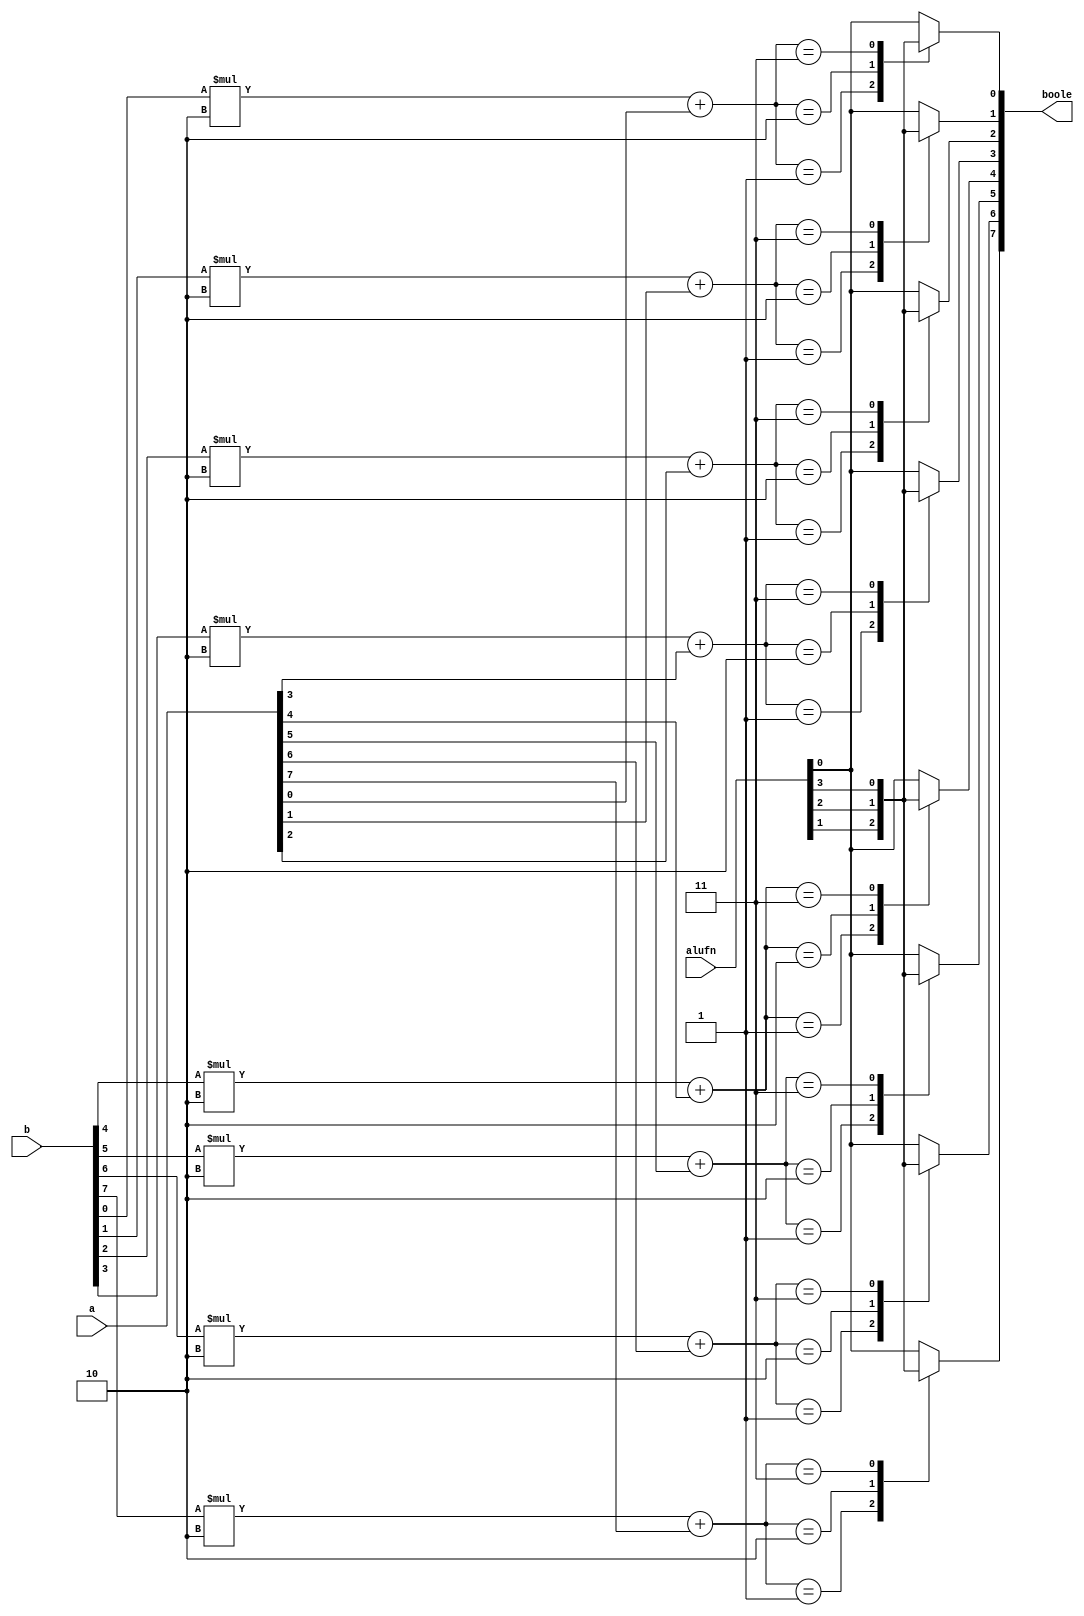
/*
   This file was generated automatically by the Mojo IDE version B1.3.3.
   Do not edit this file directly. Instead edit the original Lucid source.
   This is a temporary file and any changes made to it will be destroyed.
*/

module boolean_7 (
    input [5:0] alufn,
    input [7:0] a,
    input [7:0] b,
    output reg [7:0] boole
  );
  
  
  
  integer i;
  
  integer x;
  
  always @* begin
    for (i = 1'h0; i < 8; i = i + 1) begin
      x = b[(i)*1+0-:1] * 2'h2 + a[(i)*1+0-:1];
      
      case (x)
        2'h0: begin
          boole[(i)*1+0-:1] = alufn[0+0-:1];
        end
        2'h1: begin
          boole[(i)*1+0-:1] = alufn[1+0-:1];
        end
        2'h2: begin
          boole[(i)*1+0-:1] = alufn[2+0-:1];
        end
        2'h3: begin
          boole[(i)*1+0-:1] = alufn[3+0-:1];
        end
        default: begin
          boole[(i)*1+0-:1] = alufn[0+0-:1];
        end
      endcase
    end
  end
endmodule